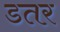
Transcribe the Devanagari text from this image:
डतर